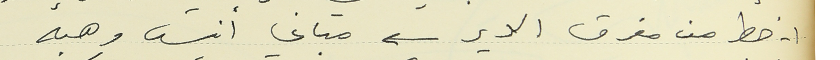
١- خط من مفرق الدير مبانى أنيس وهبه